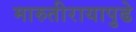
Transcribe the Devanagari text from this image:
मारुतीरायापुढे